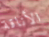
الأناقة